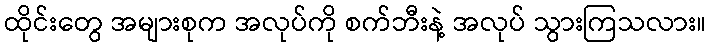
ထိုင်းတွေ အများစုက အလုပ်ကို စက်ဘီးနဲ့ အလုပ် သွားကြသလား။